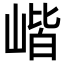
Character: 𡺓